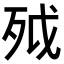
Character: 𣧡